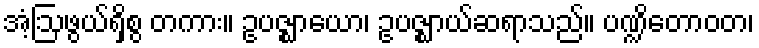
အံ့ဩဖွယ်ရှိစွ တကား။ ဥပဇ္ဈာယော၊ ဥပဇ္ဈာယ်ဆရာသည်။ ပဏ္ဍိတောဝတ၊